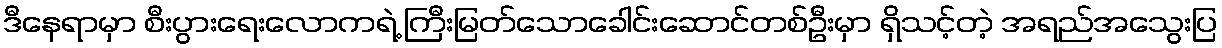
ဒီနေရာမှာ စီးပွားရေးလောကရဲ့ ကြီးမြတ်သောခေါင်းဆောင်တစ်ဦးမှာ ရှိသင့်တဲ့ အရည်အသွေးပြ